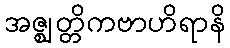
အဇ္ဈတ္တိကဗာဟိရာနိ